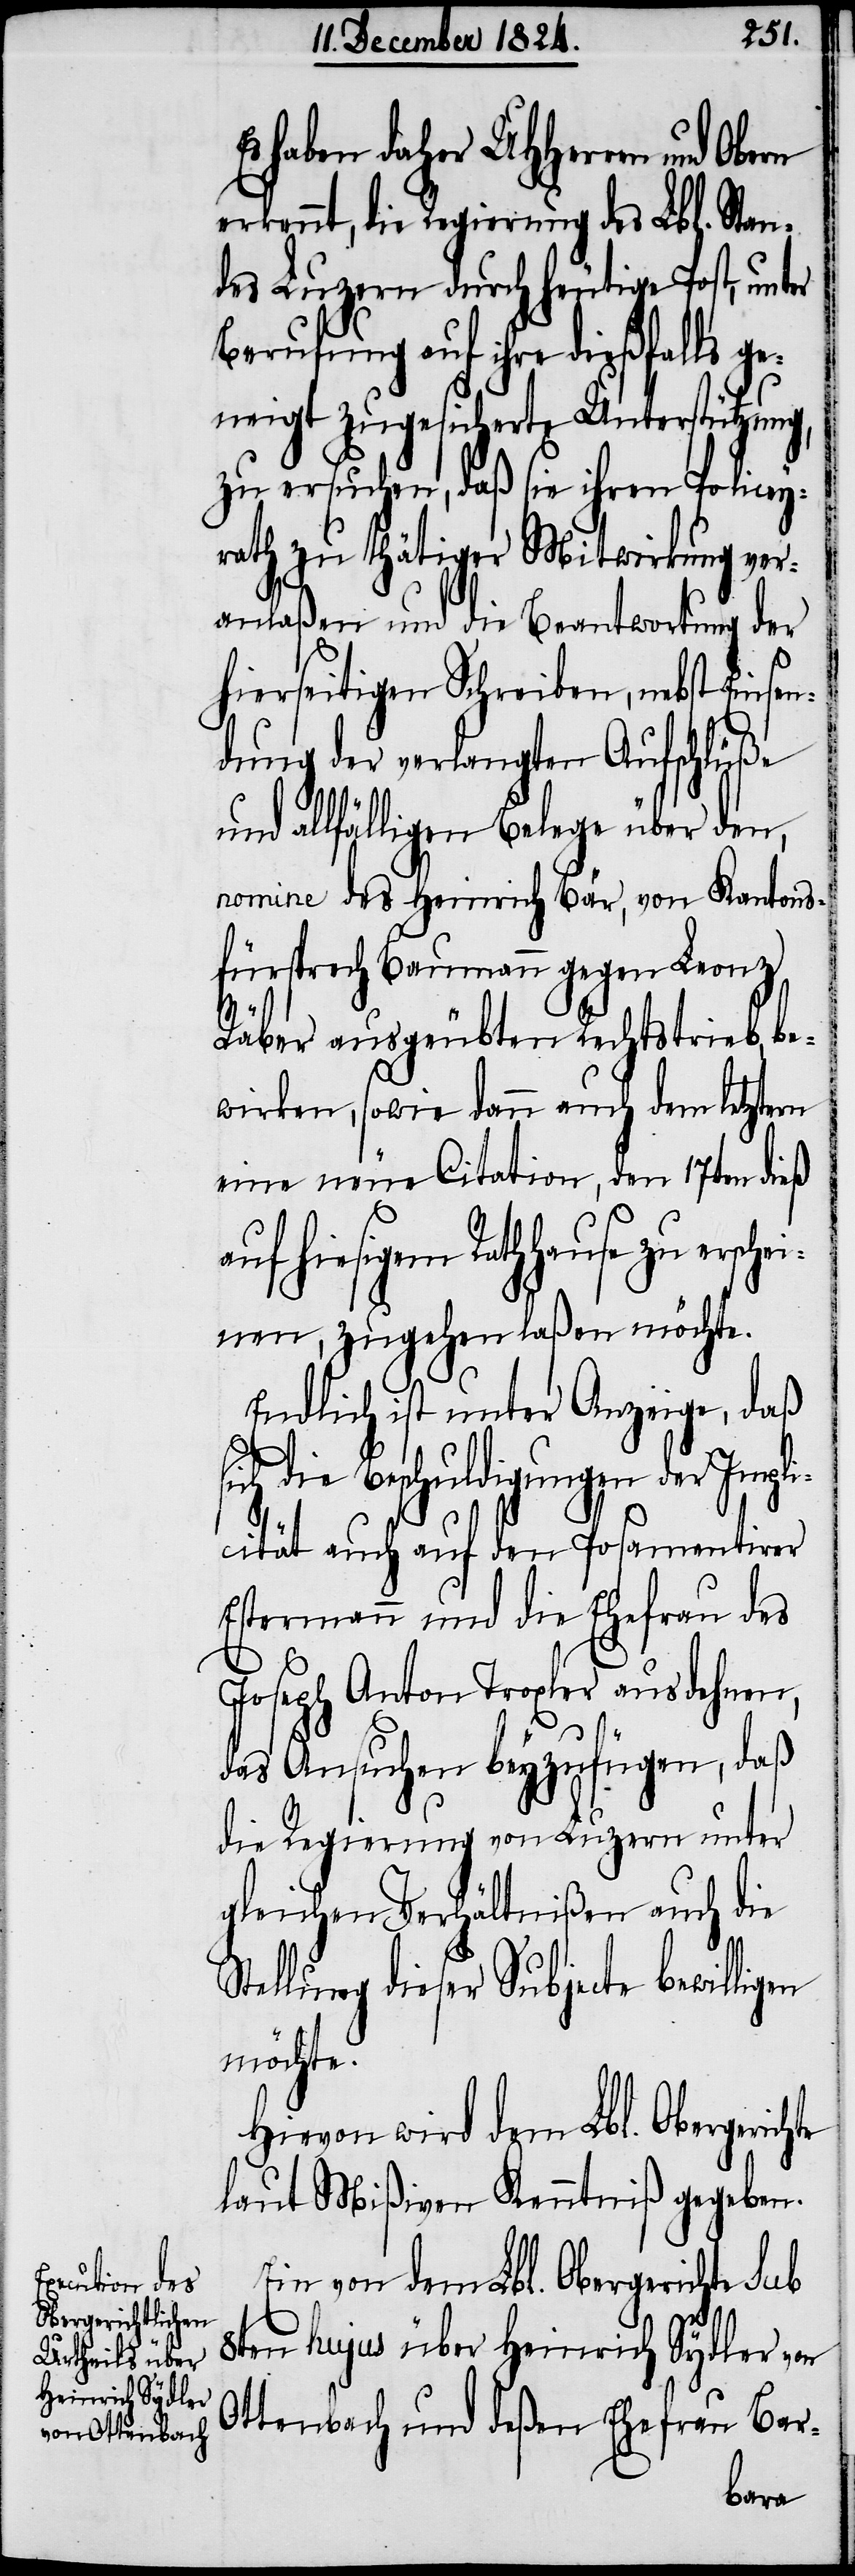
haben daher UHHerren und
erkennt, die Regierung des Lbl. Stan¬
des Luzern durch heutige Post, unter
Berufung auf ihre dießfalls ge¬
neigt zugesicherte Unterstützung,
zu ersuchen, daß sie ihren Policey¬
rath zu thätiger Mitwirkung ver¬
anlaßen und die Beantwortung der
hierseitigen Schreiben, nebst Einsen¬
dung der verlangten Aufschlüße
und allfälligen Belege über den,
nomine des Heinrich Bär, von Kantons¬
fürsprech Baumann gegen Leonz
Räber ausgeübten Rechtstrieb, be¬
wirken, sowie dann auch dem letztern
eine neue Citation, den 17ten dieß
hiesigem Rathhause zu ersch¬
einen, zugehen laßen möchte.
Endlich ist unter Anzeige, daß
sich die Beschuldigungen der Impli¬
cität auch auf den Posamentirer
Estermann und die Ehefrau des
Joseph Anton Troxler ausdehnen,
das Ansuchen beyzufügen, daß
die Regierung von Luzern unter
gleichen Verhältnißen auch die
Stellung dieser Subjecte bewilligen
möchte.
Hiervon wird dem Lbl. Obergerichte
laut Mißiven Kenntniß gegeben.
Ein von dem Lbl. Obergericht sub
8ten hujus über Heinrich Sydler von
Ottenbach und deßen Ehefrau Bar-
Obern